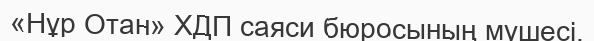
«Нұр Отан» ХДП саяси бюросының мүшесі.